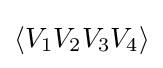
\left\langle V_{1}V_{2}V_{3}V_{4}\right\rangle